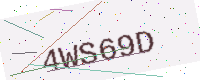
Text: 4WS69D